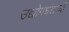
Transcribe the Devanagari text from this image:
उद्योगधंद्याची